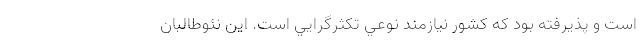
است و پذيرفته بود كه كشور نيازمند نوعي تكثرگرايي است. اين نئوطالبان